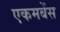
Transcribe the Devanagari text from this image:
एकमबेंस